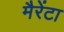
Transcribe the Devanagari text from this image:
मैरेंटा